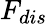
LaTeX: F_{dis}